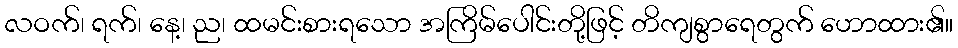
လဝက်၊ ရက်၊ နေ့၊ ည၊ ထမင်းစားရသော အကြိမ်ပေါင်းတို့ဖြင့် တိကျစွာရေတွက် ဟောထား၏။